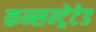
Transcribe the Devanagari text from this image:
कन्सन्ट्रेटेड